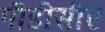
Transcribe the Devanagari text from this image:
पीडीसीए